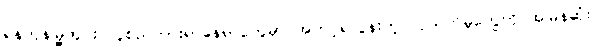
ရန်ကုန်မြို့တွင်း လူစည်ကားရာနေရာတွေမှာ အတင့်ရဲလွန်းတဲ့ လုယက်မှုတွေကို အမြန်ဆုံး